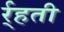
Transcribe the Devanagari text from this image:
र्र्हती